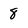
Character: 8